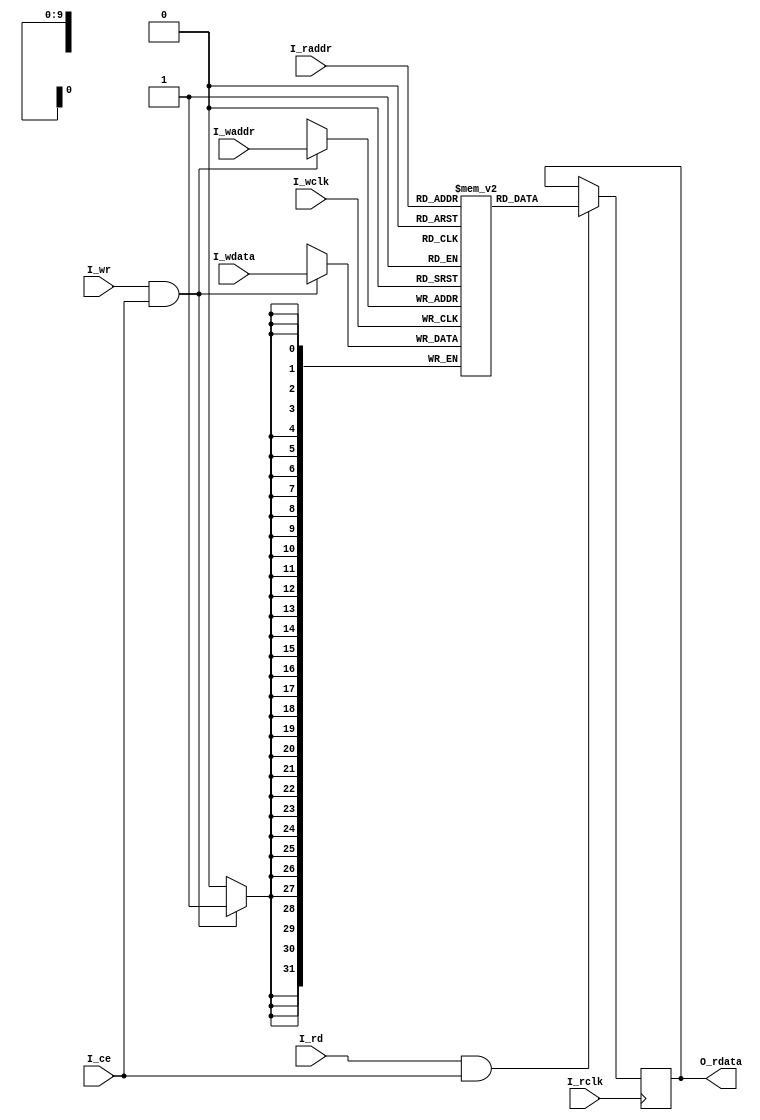
//FILE_HEADER-----------------------------------------------------------------
//ZTE  Copyright (C)
//ZTE Company Confidential
//----------------------------------------------------------------------------
//Project Name : cnna
//Department   : Technical Planning Department/System Products/ZTE
//----------------------------------------------------------------------------
//Module Hiberarchy :
//        |--U01_dpram
//        |--U02_axim_wddr
// cnna --|--U03_axis_reg
//        |--U04_main_process
//----------------------------------------------------------------------------
//Relaese History :
//----------------------------------------------------------------------------
//Version         Date           Author        Description
// 1.1           july-30-2019                    
//----------------------------------------------------------------------------
//Main Function:
//a)Get the data from ddr chip using axi master bus
//b)Write it to the ibuf ram
//----------------------------------------------------------------------------
//REUSE ISSUES: none
//Reset Strategy: synchronization 
//Clock Strategy: one common clock 
//Critical Timing: none 
//Asynchronous Interface: none 
//END_HEADER------------------------------------------------------------------
`timescale 1 ns / 100 ps
module sdpram #(
parameter   
    C_MEM_STYLE  = "block",
    C_DSIZE = 32          ,
    C_ASIZE = 10      
)(
input                               I_wclk      ,
input       [C_ASIZE-1           :0]I_waddr     ,
input       [C_DSIZE-1           :0]I_wdata     ,
input                               I_wr        ,
input                               I_ce        ,
input                               I_rclk      ,
input       [C_ASIZE-1           :0]I_raddr     ,
input                               I_rd        ,
output reg  [C_DSIZE-1           :0]O_rdata         
);

initial begin
#0  O_rdata <= {C_DSIZE{1'b0}};
end

localparam C_DEPTH = 1 << C_ASIZE;
(* ram_style=C_MEM_STYLE *)reg [C_DSIZE-1:0] mem [0:C_DEPTH-1];

always @(posedge I_wclk)begin
    if(I_wr && I_ce)begin
        mem[I_waddr] <= I_wdata;
    end
end

always @(posedge I_rclk)begin
    if(I_rd && I_ce)begin
        O_rdata <= mem[I_raddr] ;
    end
    else begin
        O_rdata <= O_rdata      ;
    end
end

endmodule